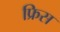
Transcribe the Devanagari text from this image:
फ्रिस